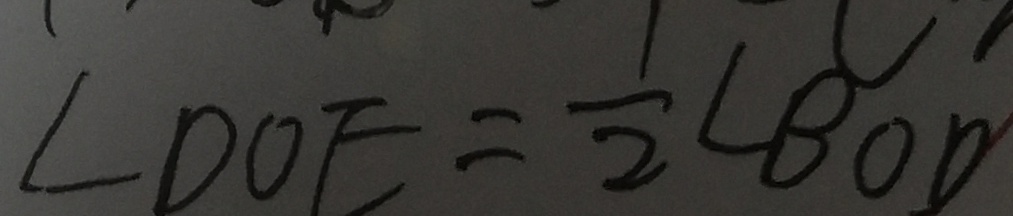
\angle D O E = \frac { 1 } { 2 } \angle B O D